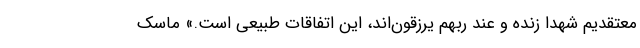
معتقدیم شهدا زنده و عند ربهم یرزقون‌اند، این اتفاقات طبیعی است.» ماسک